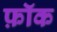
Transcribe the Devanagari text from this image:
फ़ॉक